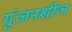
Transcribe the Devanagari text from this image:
गुंजनशील